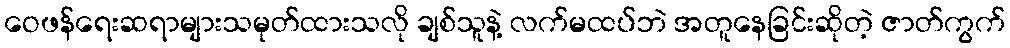
ဝေဖန်ရေးဆရာများသမုတ်ထားသလို ချစ်သူနဲ့ လက်မထပ်ဘဲ အတူနေခြင်းဆိုတဲ့ ဇာတ်ကွက်